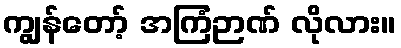
ကျွန်တော့် အကြံဉာဏ် လိုလား။